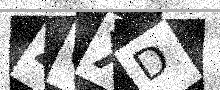
Text: ZCXD